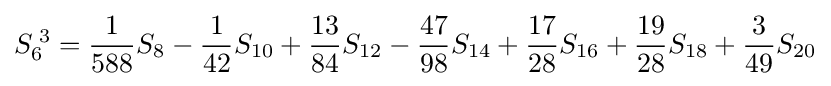
S_{6}^{\;3}={\frac {1}{588}}S_{8}-{\frac {1}{42}}S_{10}+{\frac {13}{84}}S_{12}-{\frac {47}{98}}S_{14}+{\frac {17}{28}}S_{16}+{\frac {19}{28}}S_{18}+{\frac {3}{49}}S_{20}